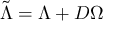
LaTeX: \tilde { \Lambda } = \Lambda + D \Omega